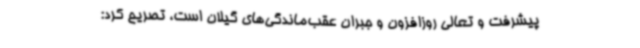
پیشرفت و تعالی روزافزون و جبران عقب‌ماندگی‌های گیلان است، تصریح کرد: